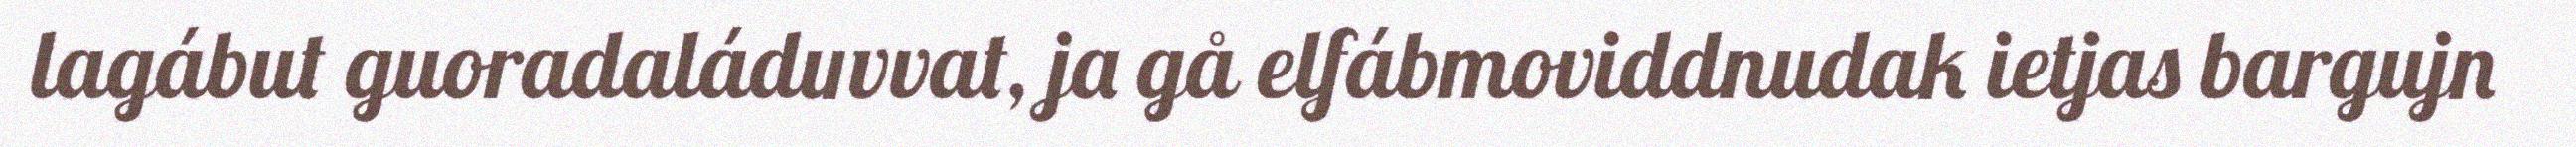
lagábut guoradaláduvvat, ja gå elfábmoviddnudak ietjas bargujn